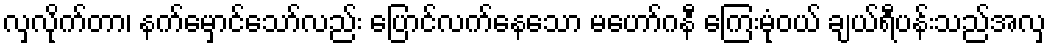
လှလိုက်တာ၊ နက်မှောင်သော်လည်း ပြောင်လက်နေသော မဟော်ဂနီ ကြေးမုံဝယ် ချယ်ရီပန်းသည်အလှ